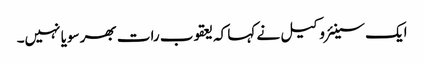
ایک سینئر وکیل نے کہا کہ یعقوب رات بھر سویا نہیں۔